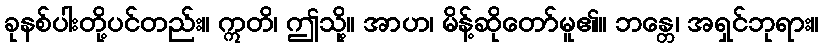
ခုနစ်ပါးတို့ပင်တည်း။ ဣတိ၊ ဤသို့။ အာဟ၊ မိန့်ဆိုတော်မူ၏။ ဘန္တေ၊ အရှင်ဘုရား။